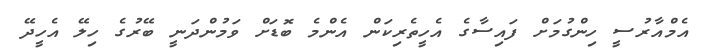
އެމްއާރުސީ ހިންގުމަށް ފައިސާގެ އެހީތެރިކަން އެންމެ ބޮޑަށް ވަމުންދަނީ ބޭރުގެ ހިލޭ އެހީދޭ